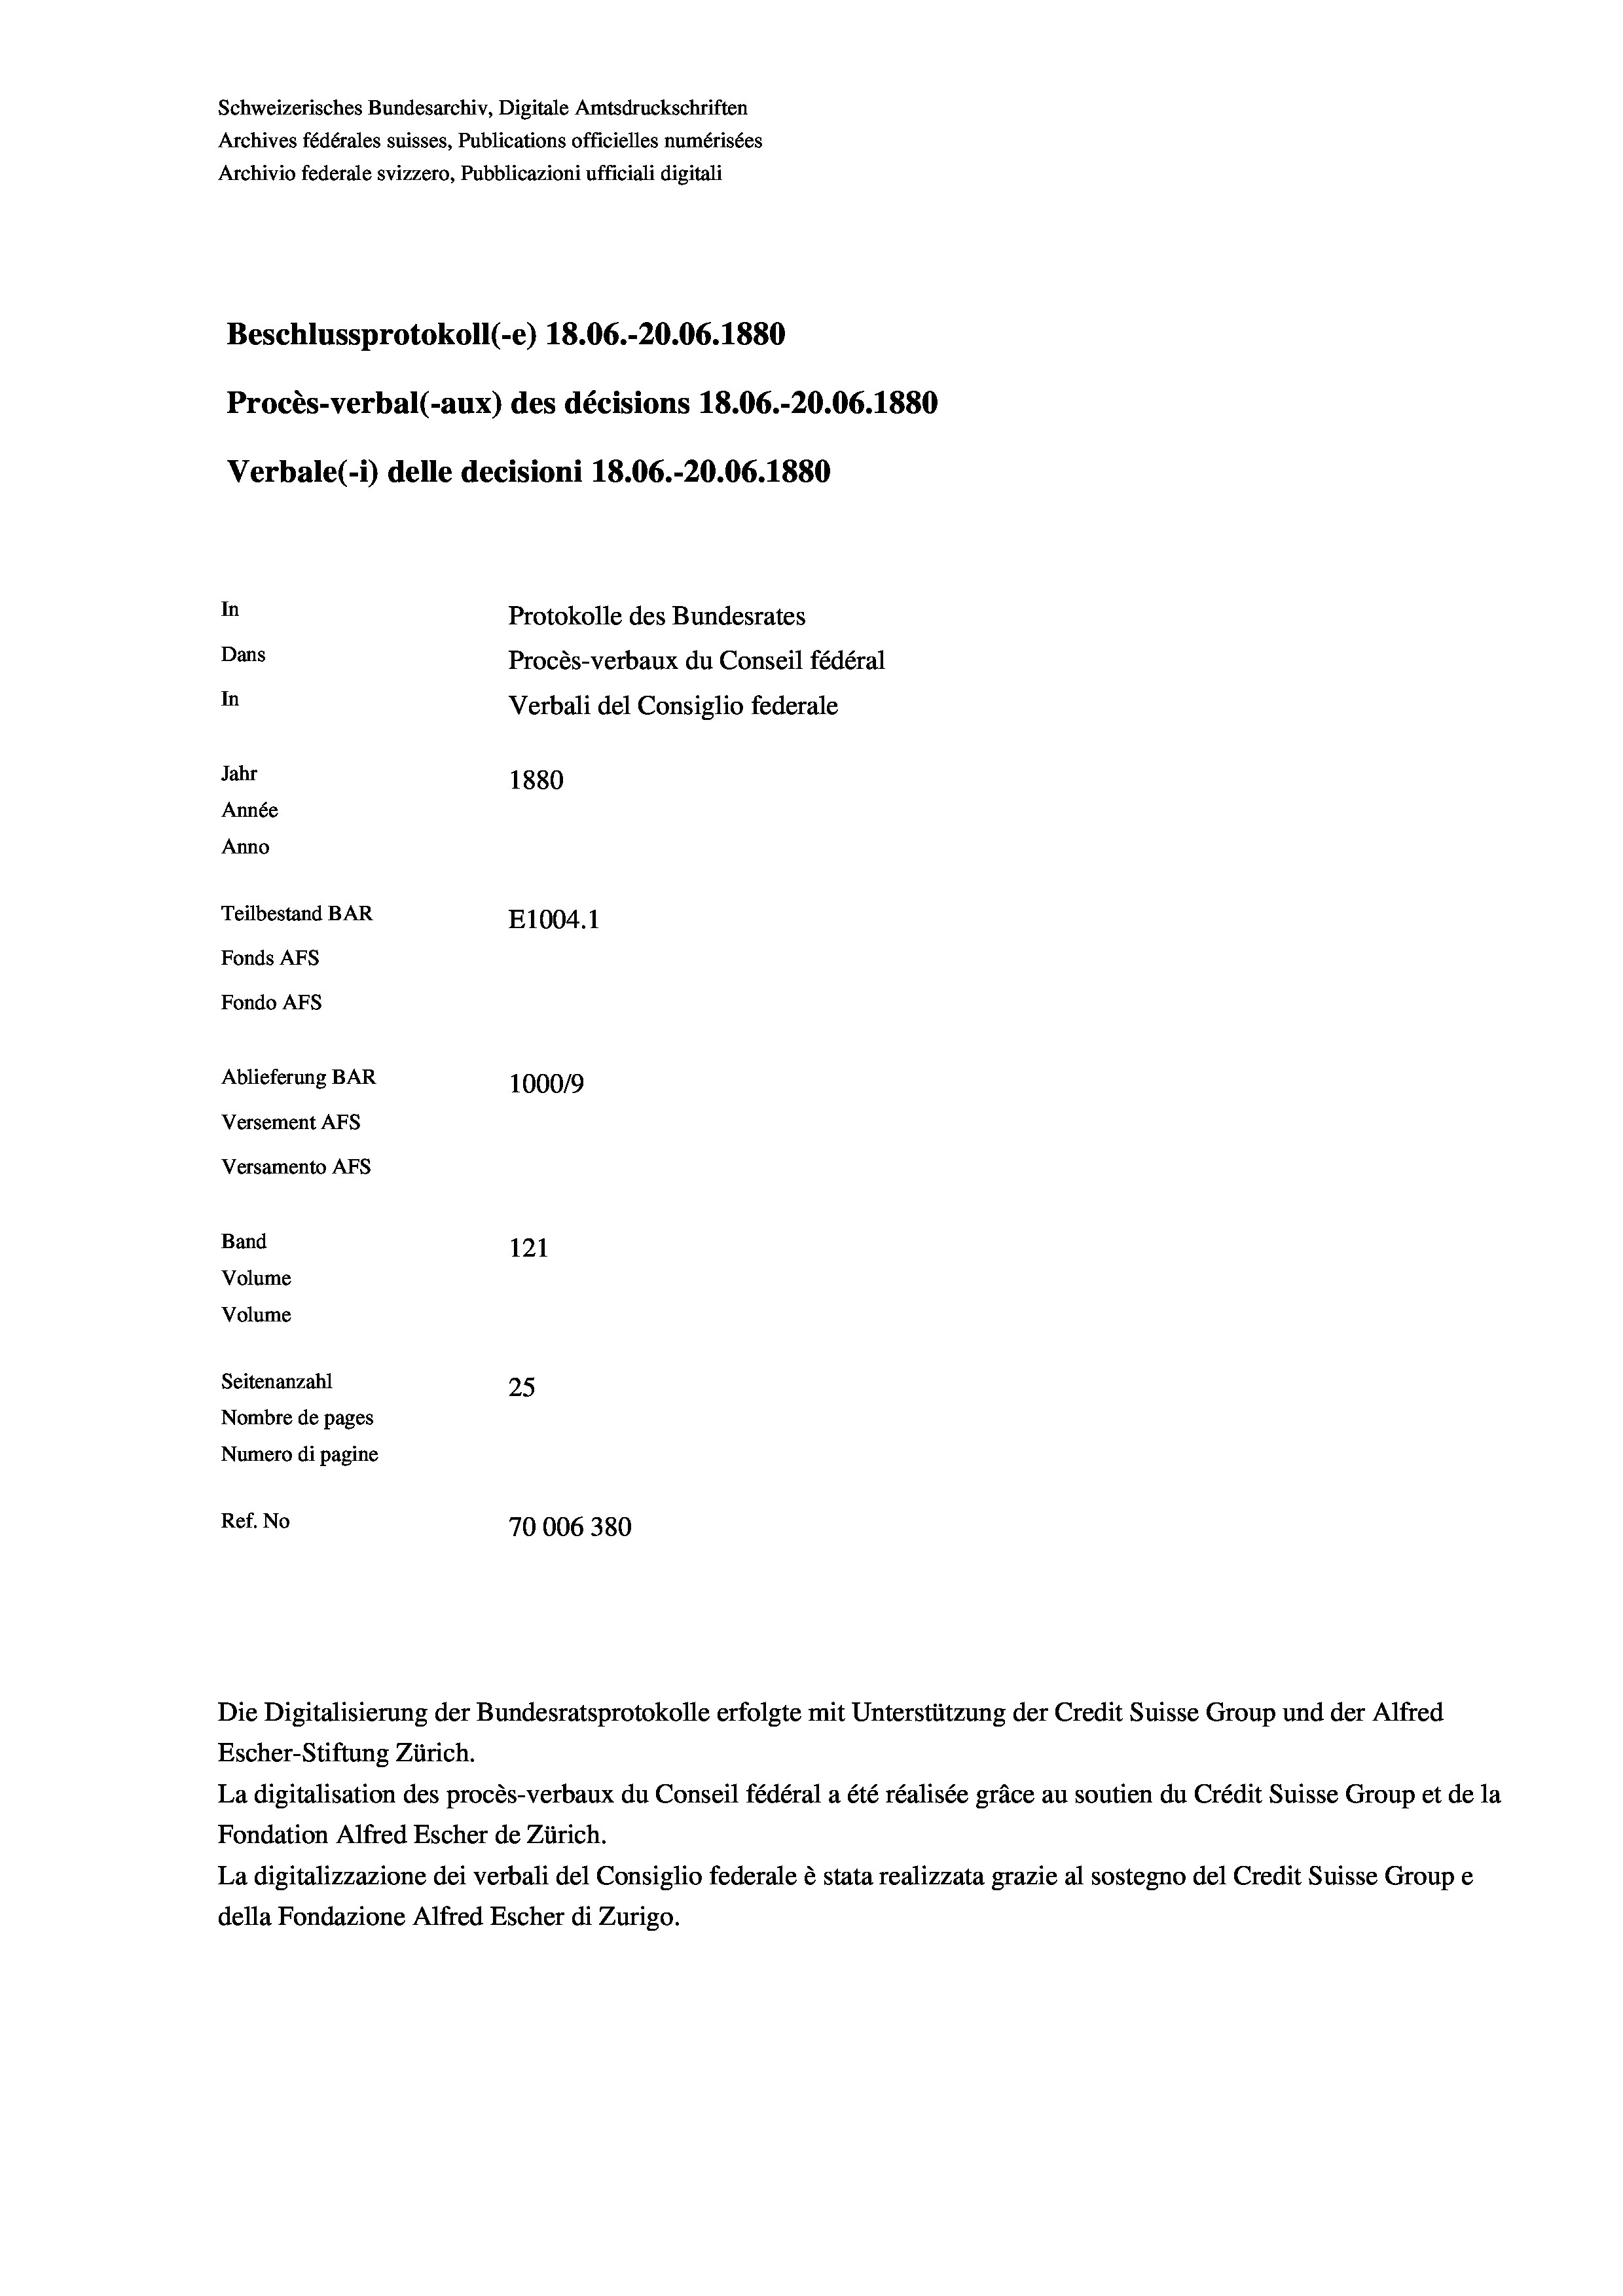
Schweizerisches Bundesarchiv, Digitale Amtsdruckschriften
Archives fédérales suisses, Publications officielles numérisées
Archivio federale svizzero, Pubblicazioni ufficiali digitali
Beschlussprotokoll (-e) 18.06.-20.06. 1880
Procès-verbal (-aux) des décisions 18.06.-20.06. 1880
Verbale (i) delle decisioni 18.06.-20.06. 1880
In
Protokolle des Bundesrates
Dans
Procès-verbaux du Conseil fédéral
In
Verbali del Consiglio federale
Jahr
1880
Année
Anno
Teilbestand BAR
E1004.1
Fonds AFs
Fondo AFS
Ablieferung BAR
100019
Versement AFs
Versamento Afs

Band

121
Volume
Volume
Seitenanzahl
25
Nombre de pages
Numero di pagine
Ref. No
70006380

Escher-Stiftung Zürich.
La digitalisation des procès-verbaux du Conseil fédéral a été réalisée gräce au soutien du Crédit Suisse Group et de la
Fondation Alfred Escher de Zürich.
La digitalizzazione dei verbali del Consiglio federale è stata realizzata grazie al sostegno del Credit Suisse Groupe
della Fondazione Alfred Escher di Zurigo.

Die Digitalisierung der Bundesratsprotokolle erfolgte mit Unterstützung der Credit Suisse Group und der Alfred